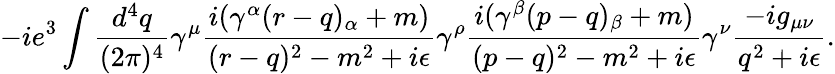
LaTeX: -ie^{3}\int{\frac{d^{4}q}{(2\pi)^{4}}}\gamma^{\mu}{\frac{i(\gamma^{\alpha}(r-q)_{\alpha}+m)}{(r-q)^{2}-m^{2}+i\epsilon}}\gamma^{\rho}{\frac{i(\gamma^{\beta}(p-q)_{\beta}+m)}{(p-q)^{2}-m^{2}+i\epsilon}}\gamma^{\nu}{\frac{-ig_{\mu\nu}}{q^{2}+i\epsilon}}.